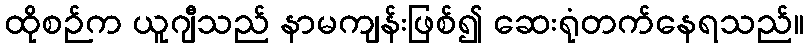
ထိုစဉ်က ယူဂျီသည် နာမကျန်းဖြစ်၍ ဆေးရုံတက်နေရသည်။